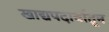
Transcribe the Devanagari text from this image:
खाद्यपदार्थातून